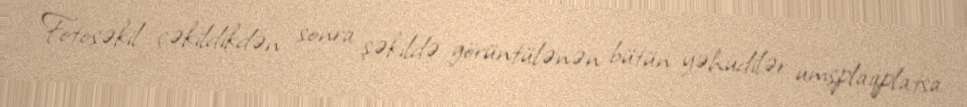
Fotoşəkil çəkildikdən sonra şəkildə görüntülənən bütün yəhudilər umşplaqplatsa